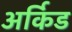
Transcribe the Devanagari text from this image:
अर्किड